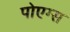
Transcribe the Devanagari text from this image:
पोएग्स